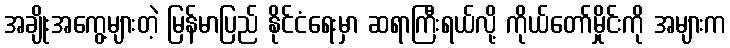
အချိုးအကွေ့များတဲ့ မြန်မာပြည် နိုင်ငံရေးမှာ ဆရာကြီးရယ်လို့ ကိုယ်တော်မှိုင်းကို အများက